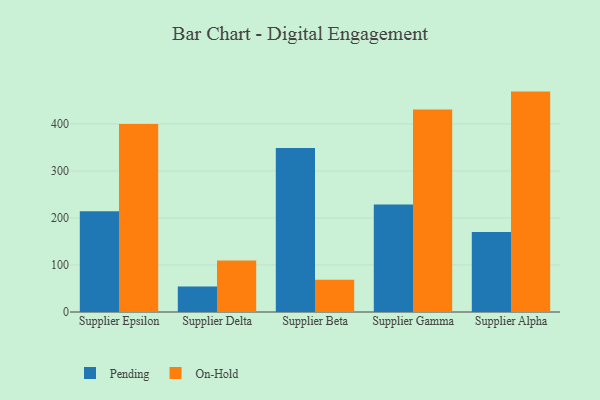
{"axis": {"x": "Supplier", "y": "Churn Rate (%)"}, "legend": ["On-Hold", "Pending"], "data": [{"x": "Supplier Epsilon", "y": 214.0, "type": "Pending"}, {"x": "Supplier Epsilon", "y": 399.7, "type": "On-Hold"}, {"x": "Supplier Delta", "y": 54.2, "type": "Pending"}, {"x": "Supplier Delta", "y": 109.7, "type": "On-Hold"}, {"x": "Supplier Beta", "y": 348.8, "type": "Pending"}, {"x": "Supplier Beta", "y": 68.5, "type": "On-Hold"}, {"x": "Supplier Gamma", "y": 228.6, "type": "Pending"}, {"x": "Supplier Gamma", "y": 430.5, "type": "On-Hold"}, {"x": "Supplier Alpha", "y": 170.3, "type": "Pending"}, {"x": "Supplier Alpha", "y": 468.7, "type": "On-Hold"}]}